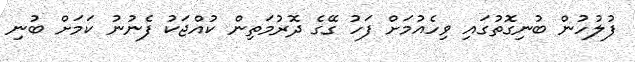
ފުލުހުން ބުނިގޮތުގައި ވިހެއުމަށް ފަހު ގޭގެ ދޮރުމަތިން ކުއްޖަކު ފެނުނު ކަމަށް ބުނި